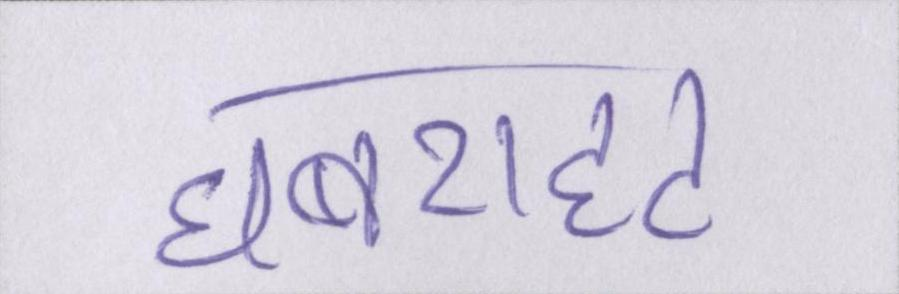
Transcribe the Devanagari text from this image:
घबराहट